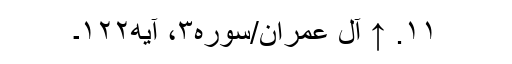
۱۱. ↑ آل عمران/سوره۳، آیه۱۲۲۔